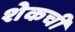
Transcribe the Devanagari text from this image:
शेकची